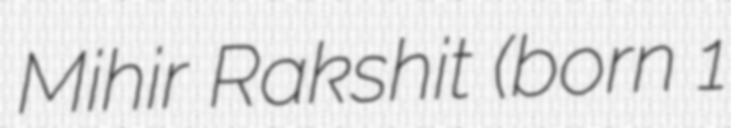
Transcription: Mihir Rakshit (born 1